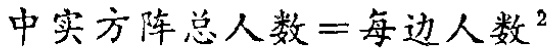
中实方阵总人数$=$每边人数$^{2}$